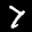
Label: 7